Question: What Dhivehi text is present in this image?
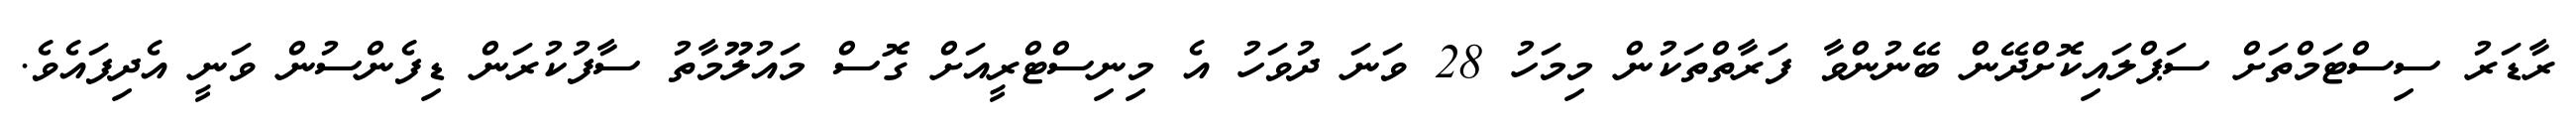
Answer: ރާޑަރު ސިސްޓަމްތަށް ސަޕްލައިކޮށްދޭން ބޭނުންވާ ފަރާތްތަކުން މިމަހު 28 ވަނަ ދުވަހު އެ މިނިސްޓްރީއަށް ގޮސް މައުލޫމާތު ސާފުކުރަން ޑިފެންސުން ވަނީ އެދިފައެވެ.